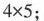
4\times5$$ ；